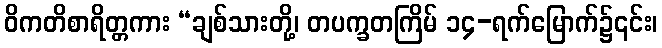
ဝိကတိစာရိတ္တကား “ချစ်သားတို့၊ တပက္ခတကြိမ် ၁၄-ရက်မြောက်၌၎င်း၊